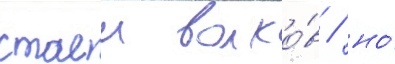
стаеи волко́в / но́